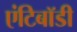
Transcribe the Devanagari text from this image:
एंटिबॉडी